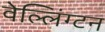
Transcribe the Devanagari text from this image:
वेल्लिंग्टन